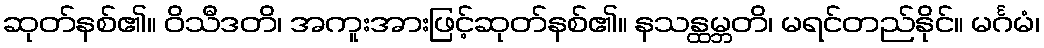
ဆုတ်နစ်၏။ ဝိသီဒတိ၊ အကူးအားဖြင့်ဆုတ်နစ်၏။ နသန္ထမ္ဘတိ၊ မရင်တည်နိုင်။ မင်္ဂမံ၊